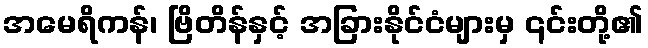
အမေရိကန်၊ ဗြိတိန်နှင့် အခြားနိုင်ငံများမှ ၎င်းတို့၏